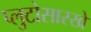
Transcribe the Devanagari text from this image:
प्लुटोसारखे